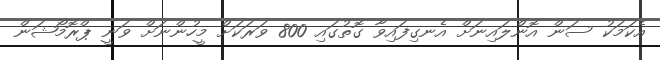
އެކަމަކު ސަން އޮންލައިނަށް އެނގިފައިވާ ގޮތުގައި 800 ވަރަކަށް މީހުންނަށް ވަނީ ޕްރޮމޯޝަން